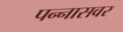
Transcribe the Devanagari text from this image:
पन्नासवर